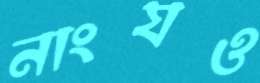
নাংযও